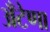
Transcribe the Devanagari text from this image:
अँटेणा